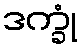
ဒက္ခုံ